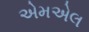
એમએલ